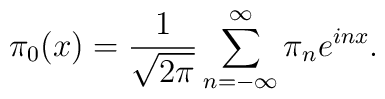
\pi_0(x)={1\over \sqrt{2\pi}}\sum_{n=-\infty}^\infty \pi_ne^{inx}.